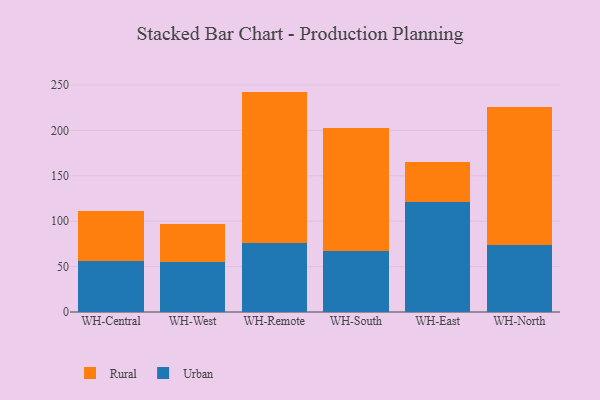
{"axis": {"x": "Warehouse", "y": "Production Output"}, "legend": ["Rural", "Urban"], "data": [{"x": "WH-Central", "y": 56.2, "type": "Urban"}, {"x": "WH-Central", "y": 55.6, "type": "Rural"}, {"x": "WH-West", "y": 55.0, "type": "Urban"}, {"x": "WH-West", "y": 42.2, "type": "Rural"}, {"x": "WH-Remote", "y": 75.9, "type": "Urban"}, {"x": "WH-Remote", "y": 166.9, "type": "Rural"}, {"x": "WH-South", "y": 67.1, "type": "Urban"}, {"x": "WH-South", "y": 135.5, "type": "Rural"}, {"x": "WH-East", "y": 121.6, "type": "Urban"}, {"x": "WH-East", "y": 44.0, "type": "Rural"}, {"x": "WH-North", "y": 73.3, "type": "Urban"}, {"x": "WH-North", "y": 152.0, "type": "Rural"}]}